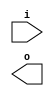
module ex3 (
	input [3:0] i,
	output [3:0] o
);
	//write Verilog code here
endmodule

module ex3_tb;
	reg [3:0] i;
	wire [3:0] o;

	ex3 ex3_i (.i(i), .o(o));

	integer k;
	initial begin
		$display("Time\ti\to");
		$monitor("%0t\t%b\t%b", $time, i, o);
		i = 0;
		for (k = 1; k < 10; k = k + 1)
			#10 i = k;
	end
endmodule